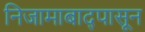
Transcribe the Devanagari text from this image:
निजामाबाद्पासून